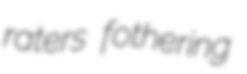
raters fothering